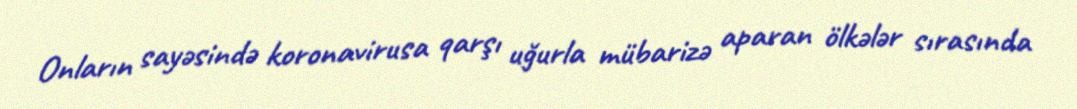
Onların sayəsində koronavirusa qarşı uğurla mübarizə aparan ölkələr sırasında